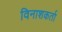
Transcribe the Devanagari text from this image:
विनाशकर्ता